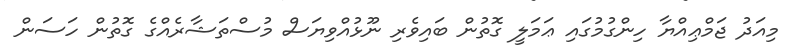
މިއަދު ޖަމްޢިއްޔާ ހިންގުމުގައި ޢަމަލީ ގޮތުން ބައިވެރި ނޫޅުއްވިޔަސް މުސްތަޝާރެއްގެ ގޮތުން ހަސަން